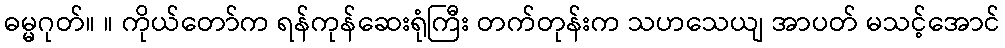
ဓမ္မဂုတ်။ ။ ကိုယ်တော်က ရန်ကုန်ဆေးရုံကြီး တက်တုန်းက သဟသေယျ အာပတ် မသင့်အောင်